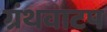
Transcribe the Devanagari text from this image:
ग्रंथवाटप